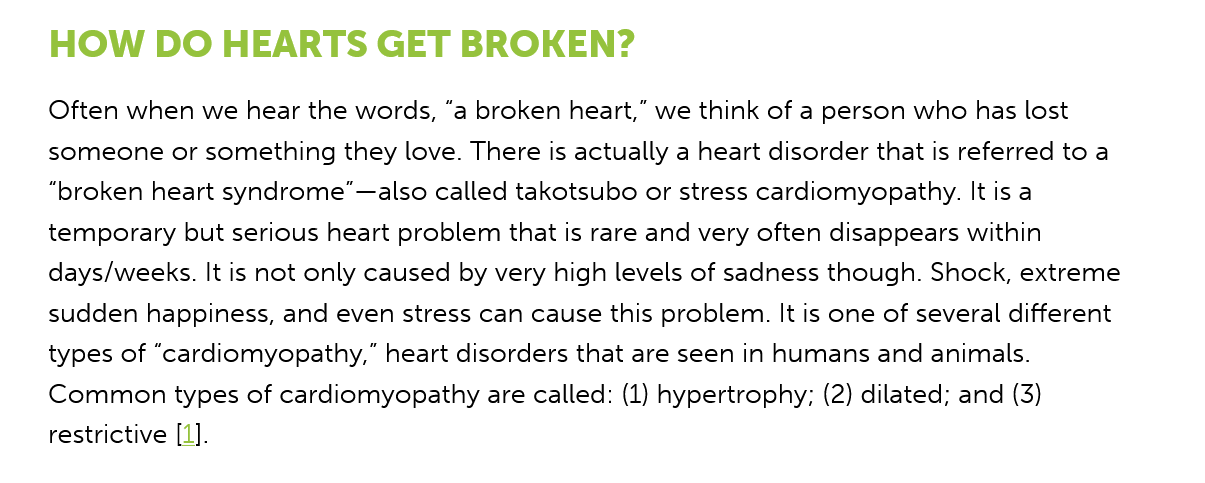
HOW    DO   HEARTS    GET   BROKEN?
    Often when we hear the words, “a broken heart,” we think of a person who has lost
    someone  or something they love. There is actually a heart disorder that is referred to a
    “broken heart syndrome"—also called takotsubo or stress cardiomyopathy. It is a
    temporary but serious heart problem that is rare and very often disappears within
    days/weeks. It is not only caused by very high levels of sadness though. Shock, extreme
    sudden happiness, and even stress can cause this problem. It is one of several different
    types of “cardiomyopathy,” heart disorders that are seen in humans and animals.
    Common types  of cardiomyopathy are called: (1) hypertrophy; (2) dilated; and (3)
    restrictive [1].